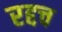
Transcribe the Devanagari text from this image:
रद्दच